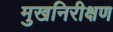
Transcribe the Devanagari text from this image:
मुखनिरीक्षण